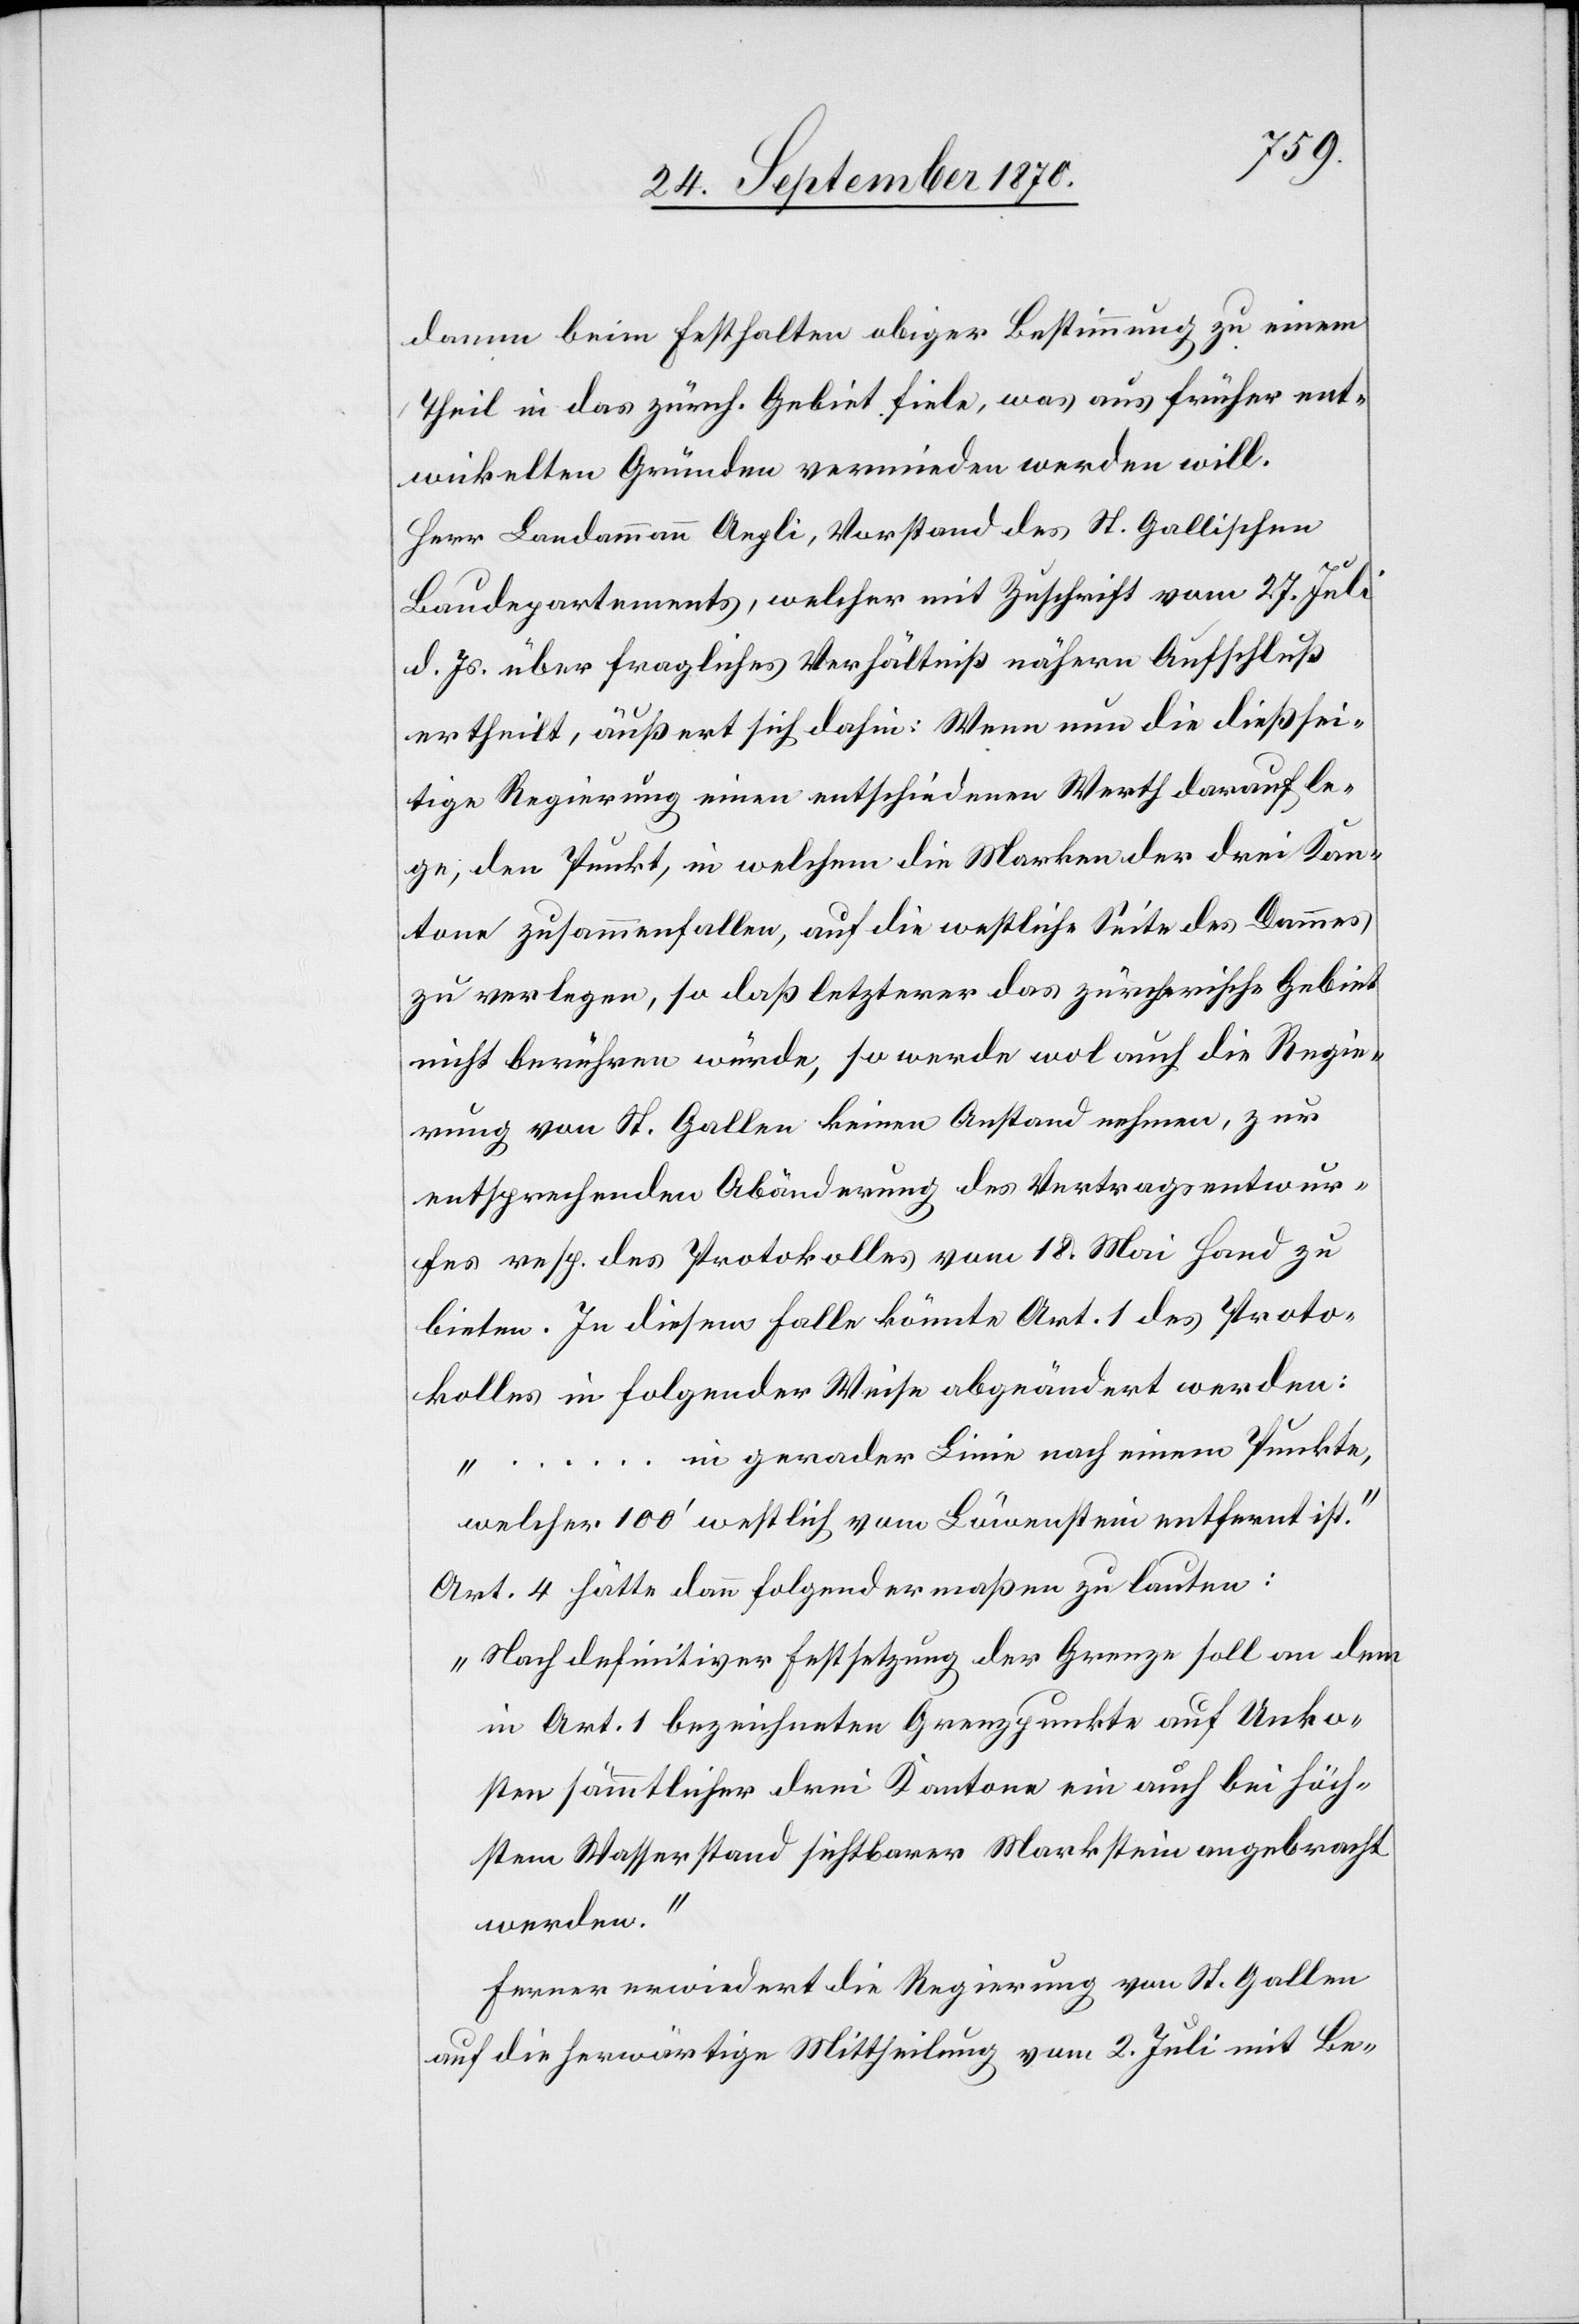
damm beim Festhalten obiger Bestimmung zu einem
Theil in das zürch. Gebiet fiele, was aus früher ent¬
wickelten Gründen vermieden werden will.
Herr Landammann Aepli, Vorstand des St. Gallischen
Baudepartements, welcher mit Zuschrift vom 27. Juli
d. Js. über fragliches Verhältniß nähern Aufschluß
ertheilt, äußert sich dahin: Wenn nun die dießsei¬
tige Regierung einen entschiedenen Werth darauf le¬
ge, den Punkt, in welchem die Marken der drei Kan¬
tone zusammenfallen, auf die westliche Seite des Dammes
zu verlegen, so daß letzterer das zürcherische Gebiet
nicht berühren würde, so werde wol auch die Regie¬
rung von St. Gallen keinen Anstand nehmen, zur
entsprechenden Abänderung des Vertragsentwur¬
fes resp. des Protokolles vom 18. Mai Hand zu
bieten. In diesem Falle könne Art. 1 des Proto¬
kolls in folgender Weise abgeändert werden:
. in gerader Linie nach einem Punkte,
welcher 100’ westlich vom Löwenstein entfernt ist.“
Art. 4 hätte dann folgendermaßen zu lauten:
„Nach definitiver Festsetzung der Grenze soll an dem
in Art. 1 bezeichneten Grenzpunkte auf Unko¬
sten sämmtlicher drei Kantone ein auch bei höch¬
stem Wasserstand sichtbarer Markstein angebracht
werden.“
Ferner erwiedert die Regierung von St. Gallen
auf die herwärtige Mittheilung vom 2. Juli mit Be-